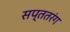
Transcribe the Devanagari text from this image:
सप्ततरंग